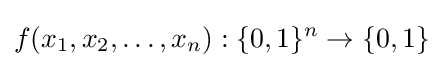
f(x_{1},x_{2},\ldots ,x_{n}):\{0,1\}^{n}\to \{0,1\}